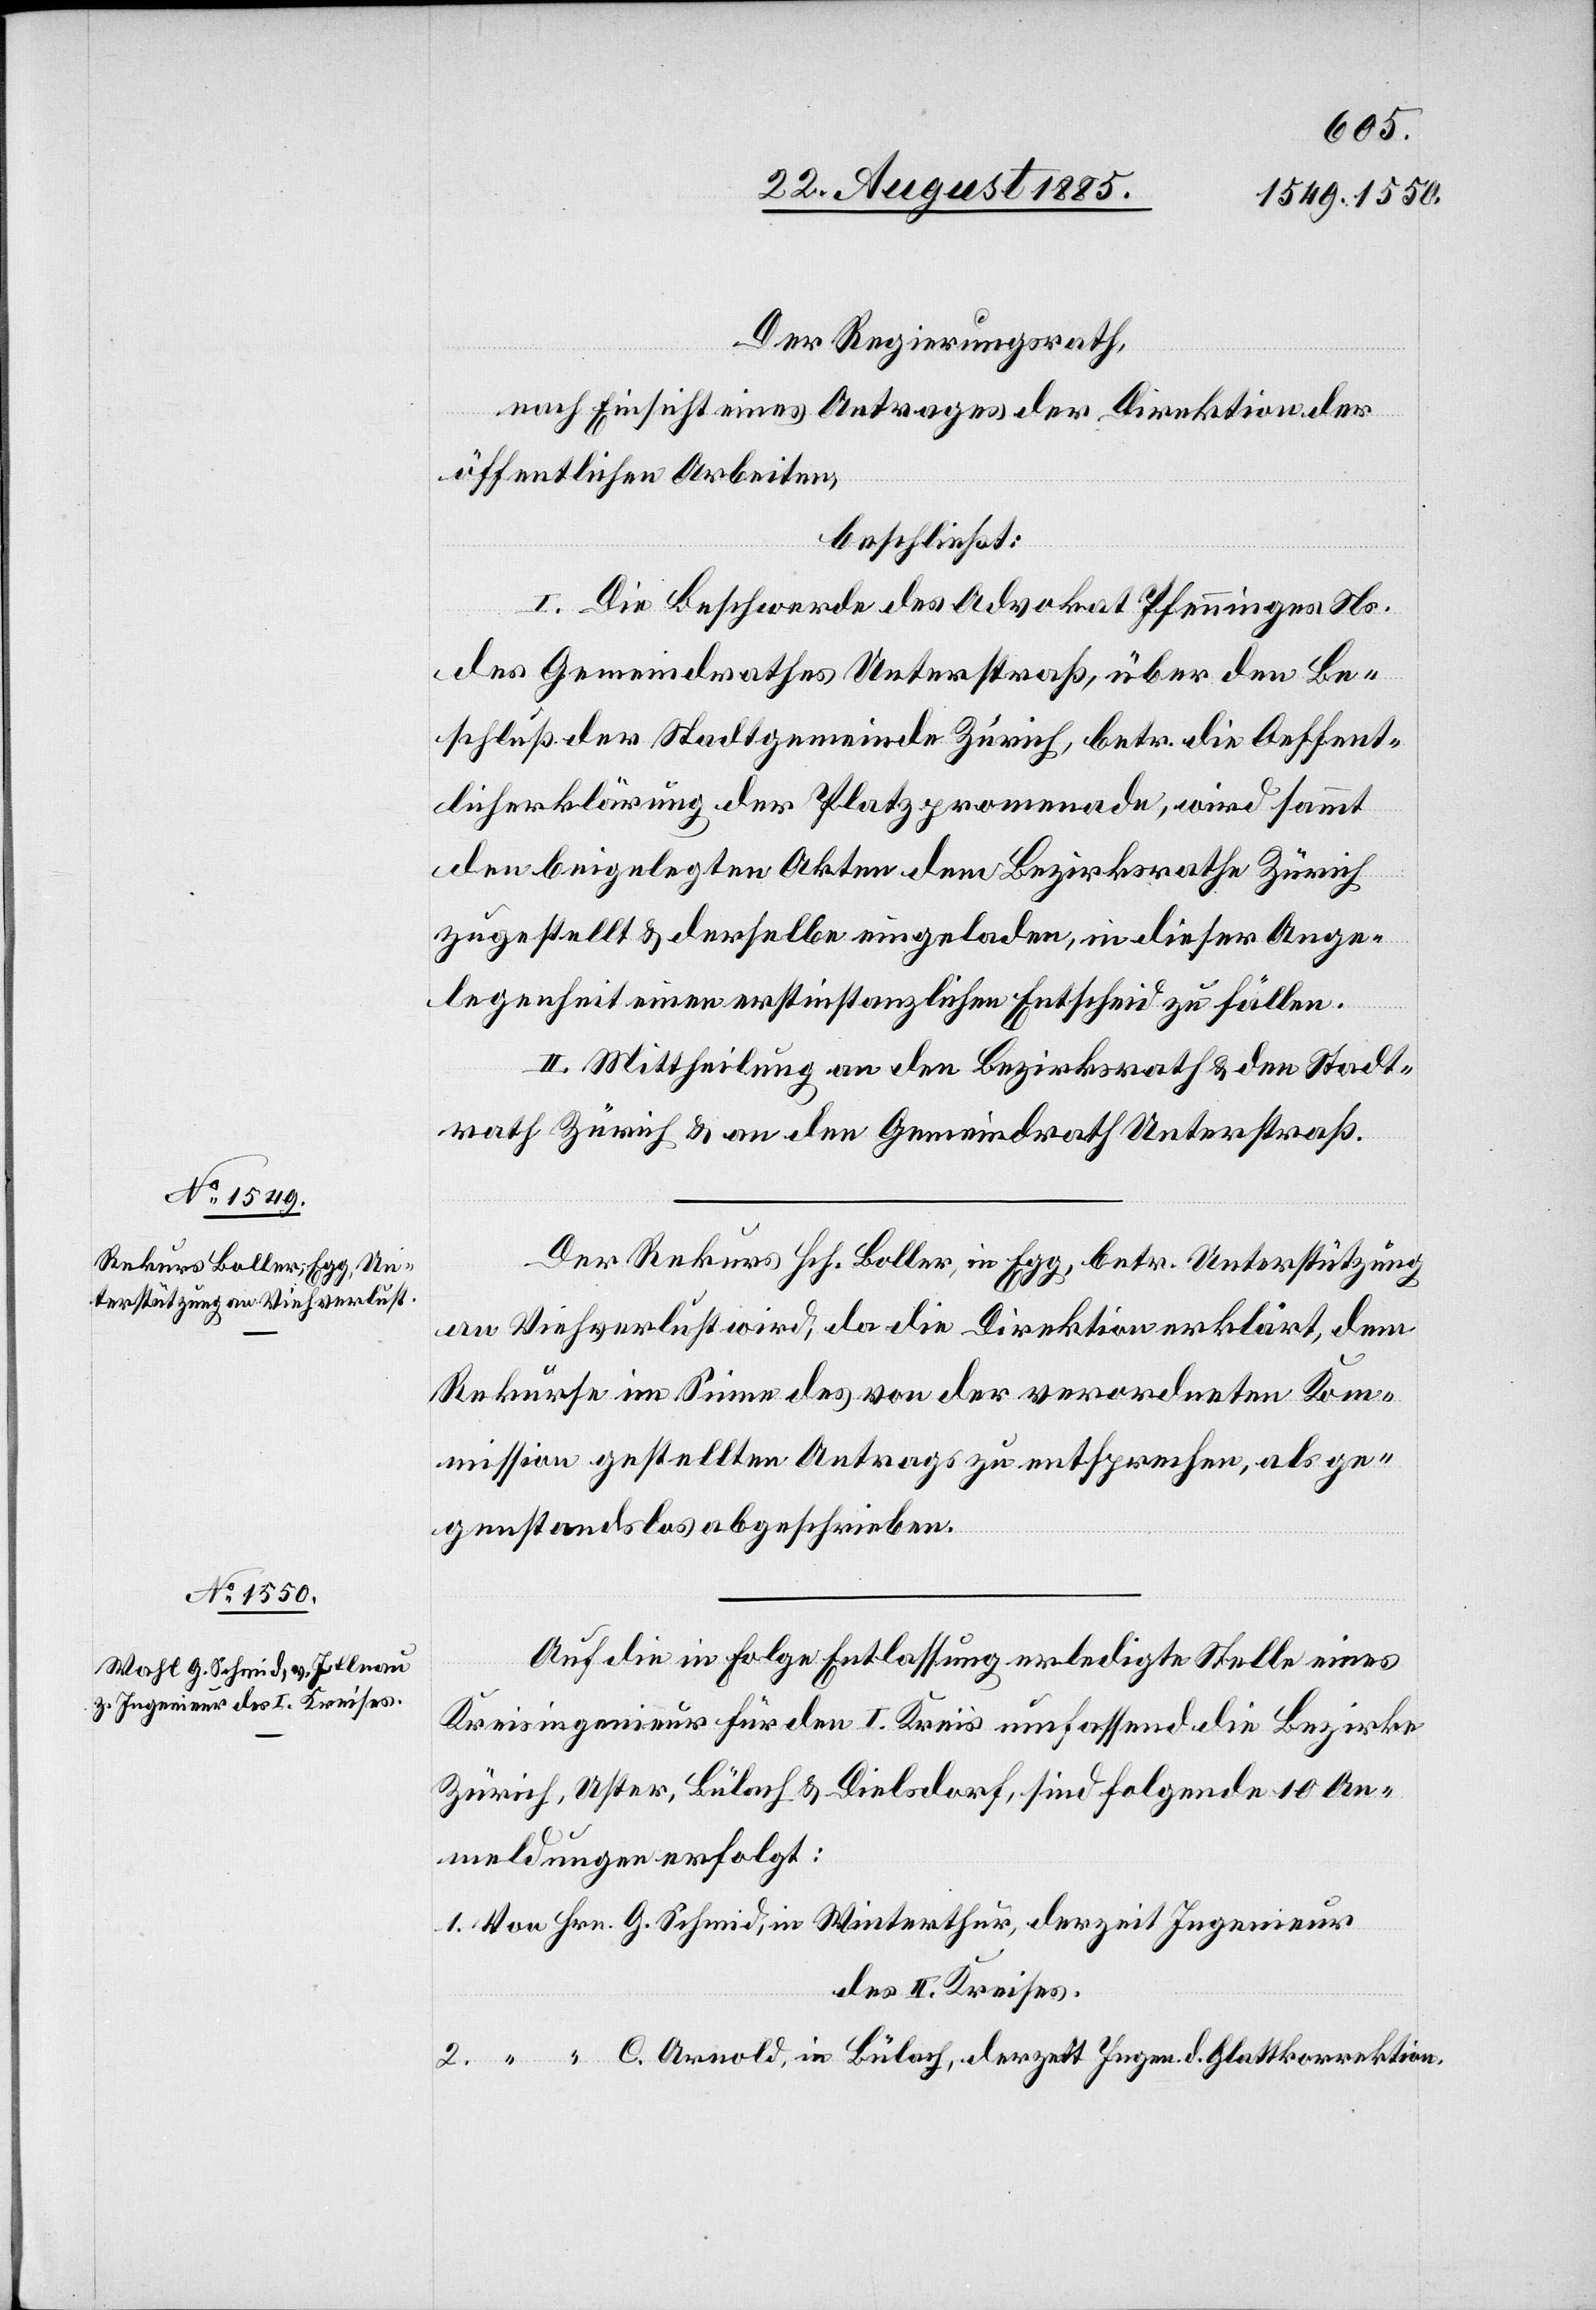
zeit Ingenieur des II. Kreises.

Der Regierungsrath,
nach Einsicht eines Antrages der Direktion der
öffentlichen Arbeiten,
beschließt:
I. Die Beschwerde des Advokat Pfenninger Ns.
des Gemeindrathes Unterstraß, über den Be¬
schluß der Stadtgemeinde Zürich, betr. die Oeffent¬
licherklärung der Platzpromenade, wird sammt
den beigelegten Akten dem Bezirksrathe Zürich
zugestellt & derselbe eingeladen, in dieser Ange¬
legenheit einen erstinstanzlichen Entscheid zu fällen.
d.
II. Mittheilung an den Bezirksrath & den Stadt¬
rath Zürich & an den Gemeindrath Unterstraß.
Der Rekurs Hch. Boller, in Egg, betr. Unterstützung
1.
an Viehverlust wird, da die Direktion erklärt, dem
Rekurse im Sinne des von der verordneten Kom¬
mission gestellten Antrags zu entsprechen, als ge¬
genstandslos abgeschrieben.
Auf die in Folge Entlassung erledigte Stelle eines
Kreisingenieur für den I. Kreis umfassend die Bezirke
Zürich, Uster, Bülach & Dielsdorf, sind folgende 10 An¬
meldungen erfolgt: